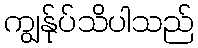
ကျွန်ုပ်သိပါသည်